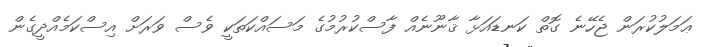
ޢަމަލުކުރަން ޖެހޭނެ ގޮތް ކަނޑައަޅާ ޤާނޫނެއް ފާސްކުރުމުގެ މަސައްކަތަކީ ވެސް ވަރަށް އިސްކަމެއްދީގެން